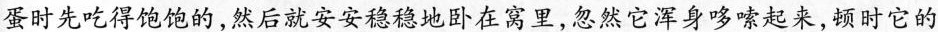
蛋时先吃得饱饱的，然后就安安稳稳地卧在窝里，忽然它浑身哆嗦起来，顿时它的